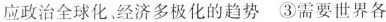
应政治全球化，经济多极化的趋势 ③需要世界各